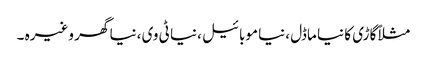
مثلاً گاڑی کا نیا ماڈل ،نیا موبائیل ،نیا ٹی وی ،نیا گھر وغیرہ ۔